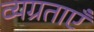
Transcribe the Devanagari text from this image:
व्यग्रताएँ